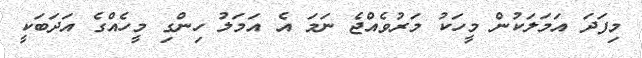
މިފަދަ އަމަލަކުން މީހަކު މަރުވެއްޖެ ނަމަ އެ އަމަލު ހިންގި މީހެއްގެ އަދަބަކީ